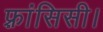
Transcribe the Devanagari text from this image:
फ़्रांसिसी।